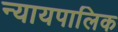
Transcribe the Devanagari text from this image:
न्यायपालिक